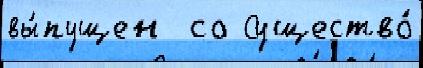
вы́пущен  со Существо́